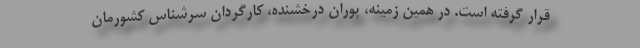
قرار گرفته است. در همین زمینه، پوران درخشنده، کارگردان سرشناس کشورمان